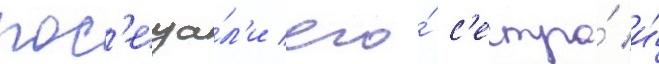
пос'еща́л'и его́ с'естра́ и́